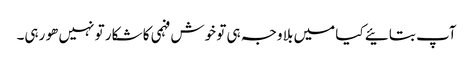
آپ بتائیے کیا میں بلا وجہ ہی تو خوش فہمی کا شکار تو نہیں ھو رہی۔